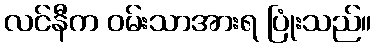
လင်နီက ဝမ်းသာအားရ ပြုံးသည်။